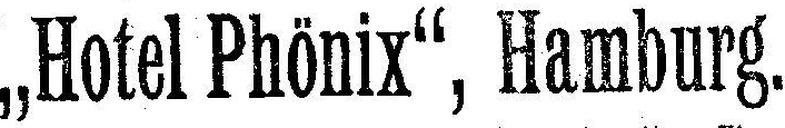
„Hotel Phönix“, Hamburg.